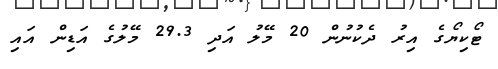
ޓޯކިޔޯގެ އިރު ދެކުނުން 20 މޭލު އަދި 29.3 މޭލުގެ އަޑިން އައި